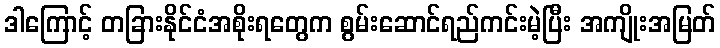
ဒါကြောင့် တခြားနိုင်ငံအစိုးရတွေက စွမ်းဆောင်ရည်ကင်းမဲ့ပြီး အကျိုးအမြတ်